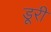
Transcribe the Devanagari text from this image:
डूरी